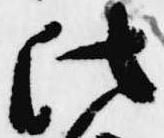
法